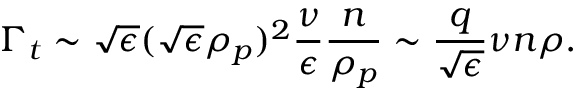
\Gamma _ { t } \sim \sqrt { \epsilon } ( \sqrt { \epsilon } \rho _ { p } ) ^ { 2 } \frac { \nu } { \epsilon } \frac { n } { \rho _ { p } } \sim \frac { q } { \sqrt { \epsilon } } \nu n \rho .